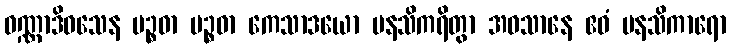
ဝဏ္ဏာဒိဝသေန ပဉ္စဓာ ပဉ္စဓာ ကေသာဒယော မနသိကရိတွာ အဝသာနေ ဧဝံ မနသိကာရော